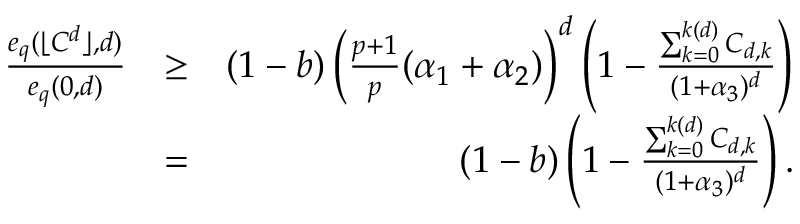
\begin{array} { r l r } { \frac { e _ { q } ( \lfloor C ^ { d } \rfloor , d ) } { e _ { q } ( 0 , d ) } } & { \ge } & { ( 1 - b ) \left( \frac { p + 1 } { p } ( \alpha _ { 1 } + \alpha _ { 2 } ) \right) ^ { d } \left( 1 - \frac { \sum _ { k = 0 } ^ { k ( d ) } C _ { d , k } } { ( 1 + \alpha _ { 3 } ) ^ { d } } \right) } \\ & { = } & { ( 1 - b ) \left( 1 - \frac { \sum _ { k = 0 } ^ { k ( d ) } C _ { d , k } } { ( 1 + \alpha _ { 3 } ) ^ { d } } \right) . } \end{array}